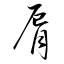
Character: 脣